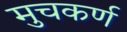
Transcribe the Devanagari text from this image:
मुचकर्ण